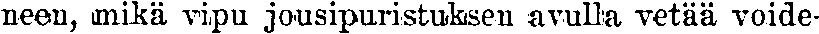
neen, mikä vipu jousipuristuksen avulla vetää voide-